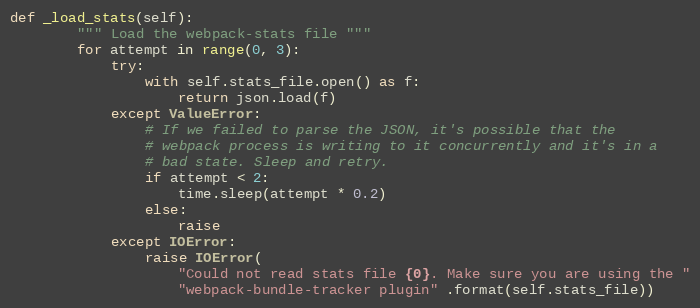
Language: Python
def _load_stats(self):
        """ Load the webpack-stats file """
        for attempt in range(0, 3):
            try:
                with self.stats_file.open() as f:
                    return json.load(f)
            except ValueError:
                # If we failed to parse the JSON, it's possible that the
                # webpack process is writing to it concurrently and it's in a
                # bad state. Sleep and retry.
                if attempt < 2:
                    time.sleep(attempt * 0.2)
                else:
                    raise
            except IOError:
                raise IOError(
                    "Could not read stats file {0}. Make sure you are using the "
                    "webpack-bundle-tracker plugin" .format(self.stats_file))